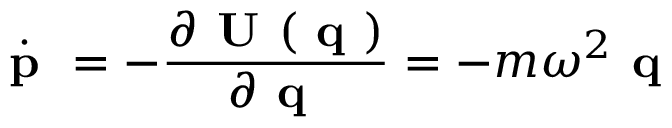
\dot { \textbf { p } } = - \frac { \partial \textbf { U } ( \textbf { q } ) } { \partial { \textbf { q } } } = - m \omega ^ { 2 } \textbf { q }